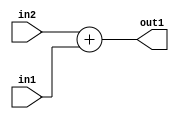
`timescale 1ps / 1ps
/*****************************************************************************
    Verilog RTL Description
    
    
    Created by: Stratus DpOpt 2019.1.01 
*******************************************************************************/

module st_weight_addr_gen_Add_8Ux8U_9U_4_14 (
	in2,
	in1,
	out1
	); /* architecture "behavioural" */ 
input [7:0] in2,
	in1;
output [8:0] out1;
wire [8:0] asc001;

assign asc001 = 
	+(in2)
	+(in1);

assign out1 = asc001;
endmodule

/* CADENCE  ubDzTg0= : u9/ySgnWtBlWxVPRXgAZ4Og= ** DO NOT EDIT THIS LINE ******/